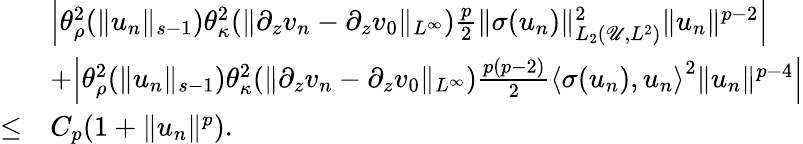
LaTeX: \begin{array}{rl}&{\Big|\theta_{\rho}^{2}(\| u_{n}\| _{s-1})\theta_{\kappa}^{2}(\| \partial_{z}v_{n}-\partial_{z}v_{0}\| _{L^{\infty}})\frac p2\| \sigma(u_{n})\| _{L_{2}(\mathscr U,L^{2})}^{2}\| u_{n}\| ^{p-2}\Big|}\\ &{+\Big|\theta_{\rho}^{2}(\| u_{n}\| _{s-1})\theta_{\kappa}^{2}(\| \partial_{z}v_{n}-\partial_{z}v_{0}\| _{L^{\infty}})\frac{p(p-2)}{2}\left\langle\sigma(u_{n}),u_{n}\right\rangle^{2}\| u_{n}\| ^{p-4}\Big|}\\ {\leq}&{C_{p}(1+\| u_{n}\| ^{p}).}\end{array}